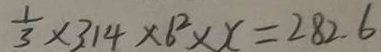
\frac { 1 } { 3 } \times 3 . 1 4 \times 6 ^ { 2 } \times x = 2 8 2 . 6